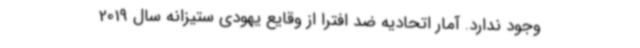
وجود ندارد. آمار اتحادیه ضد افترا از وقایع یهودی ستیزانه سال 2019